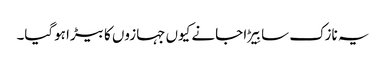
یہ نازک سا بِیڑا جانے کیوں جہازوں کا بیڑا ہوگیا۔